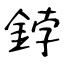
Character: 鋍